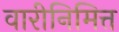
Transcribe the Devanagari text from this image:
वारीनिमित्त